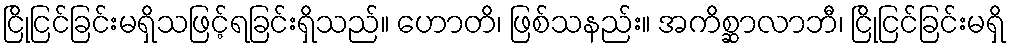
ငြိုငြင်ခြင်းမရှိသဖြင့်ရခြင်းရှိသည်။ ဟောတိ၊ ဖြစ်သနည်း။ အကိစ္ဆာလာဘီ၊ ငြိုငြင်ခြင်းမရှိ